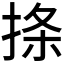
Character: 𪮅